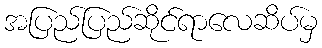
အပြည်ပြည်ဆိုင်ရာလေဆိပ်မှ